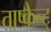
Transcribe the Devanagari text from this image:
ताष्केन्ट्